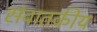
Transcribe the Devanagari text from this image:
संवातकीय